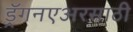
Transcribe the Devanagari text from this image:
ड्रॅगनएअरसाठी